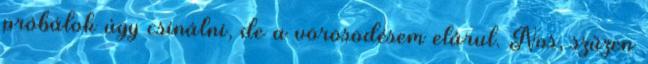
próbálok úgy csinálni, de a vörösödésem elárul. Nos, szűzen